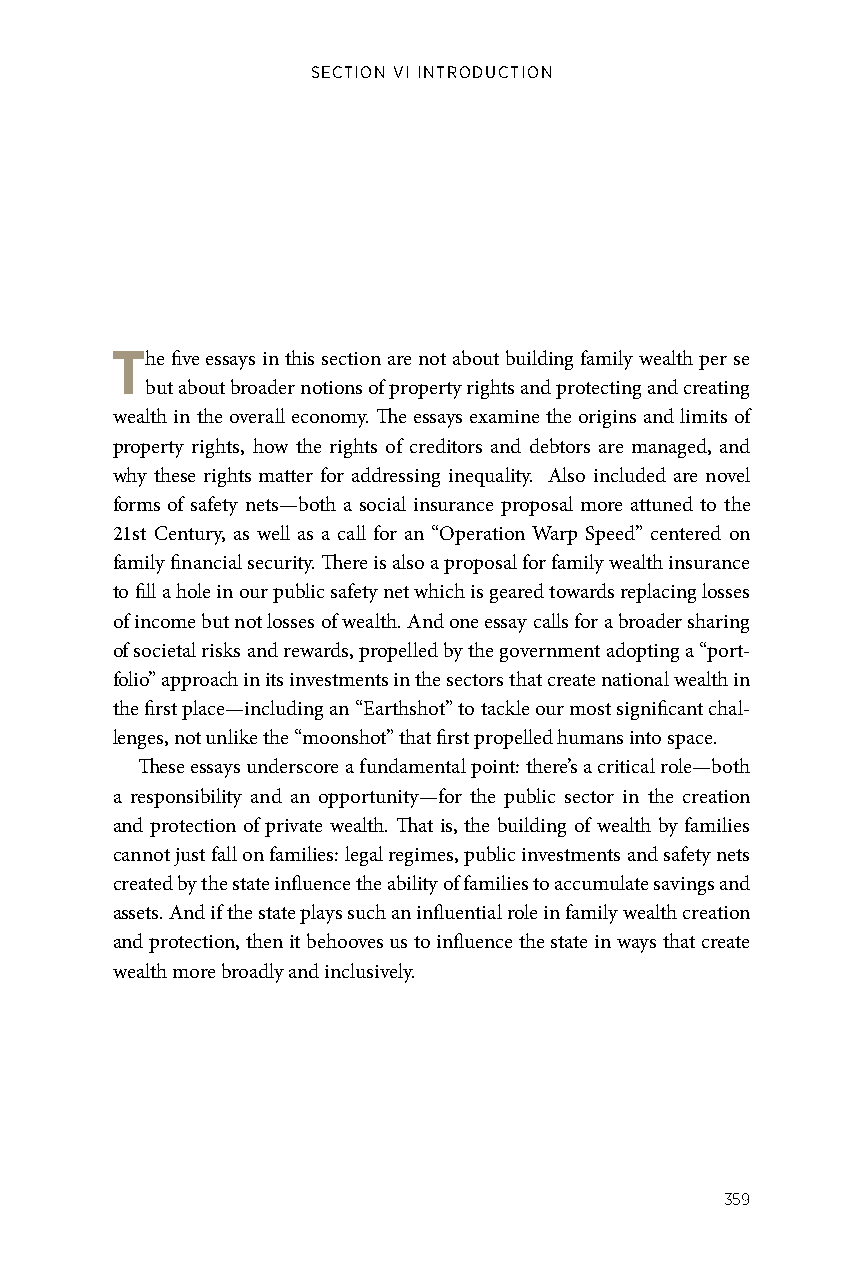
SECTION VI INTRODUCTION
 The five essays in this section are not about building family wealth per se
 but about broader notions of property rights and protecting and creating
 wealth in the overall economy. The essays examine the origins and limits of
 property rights, how the rights of creditors and debtors are managed, and
 why these rights matter for addressing inequality. Also included are novel
 forms of safety nets—both a social insurance proposal more attuned to the
 21st Century, as well as a call for an “Operation Warp Speed” centered on
 family financial security. There is also a proposal for family wealth insurance
 to fill a hole in our public safety net which is geared towards replacing losses
 of income but not losses of wealth. And one essay calls for a broader sharing
 of societal risks and rewards, propelled by the government adopting a “port-
 folio” approach in its investments in the sectors that create national wealth in
 the first place—including an “Earthshot” to tackle our most significant chal-
 lenges, not unlike the “moonshot” that first propelled humans into space.
 These essays underscore a fundamental point: there’s a critical role—both
 a responsibility and an opportunity—for the public sector in the creation
 and protection of private wealth. That is, the building of wealth by families
 cannot just fall on families: legal regimes, public investments and safety nets
 created by the state influence the ability of families to accumulate savings and
 assets. And if the state plays such an influential role in family wealth creation
 and protection, then it behooves us to influence the state in ways that create
 wealth more broadly and inclusively.
 359